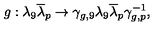
g : \lambda _ { 9 } { \overline { \lambda } } _ { p } \rightarrow \gamma _ { g , 9 } \lambda _ { 9 } { \overline { \lambda } } _ { p } \gamma _ { g , p } ^ { - 1 } ,